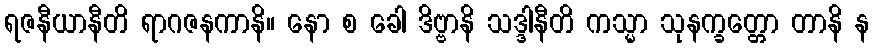
ရဇနီယာနီတိ ရာဂဇနကာနိ။ နော စ ခေါ ဒိဗ္ဗာနိ သဒ္ဒါနီတိ ကသ္မာ သုနက္ခတ္တော တာနိ န